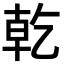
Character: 乾